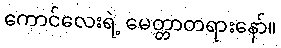
ကောင်လေးရဲ့ မေတ္တာတရားနော်။